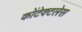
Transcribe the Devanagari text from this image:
कोंटेक्टलेस